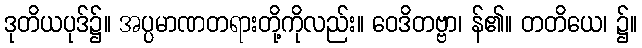
ဒုတိယပုဒ်၌။ အပ္ပမာဏတရားတို့ကိုလည်း။ ဝေဒိတဗ္ဗာ၊ န်၏။ တတိယေ၊ ၌။